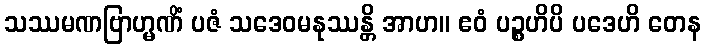
သဿမဏဗြာဟ္မဏိံ ပဇံ သဒေဝမနုဿန္တိ အာဟ။ ဧဝံ ပဉ္စဟိပိ ပဒေဟိ တေန